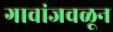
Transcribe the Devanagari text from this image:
गावांजवळून